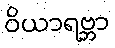
ဝိယာရဗ္ဘာ